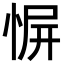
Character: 𪬑